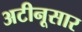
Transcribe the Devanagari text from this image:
अटीनूसार